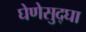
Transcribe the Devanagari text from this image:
घेणेसुद्घा